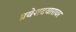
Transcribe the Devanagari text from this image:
प्रवेशदवारावर